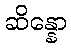
ဆိန္နော